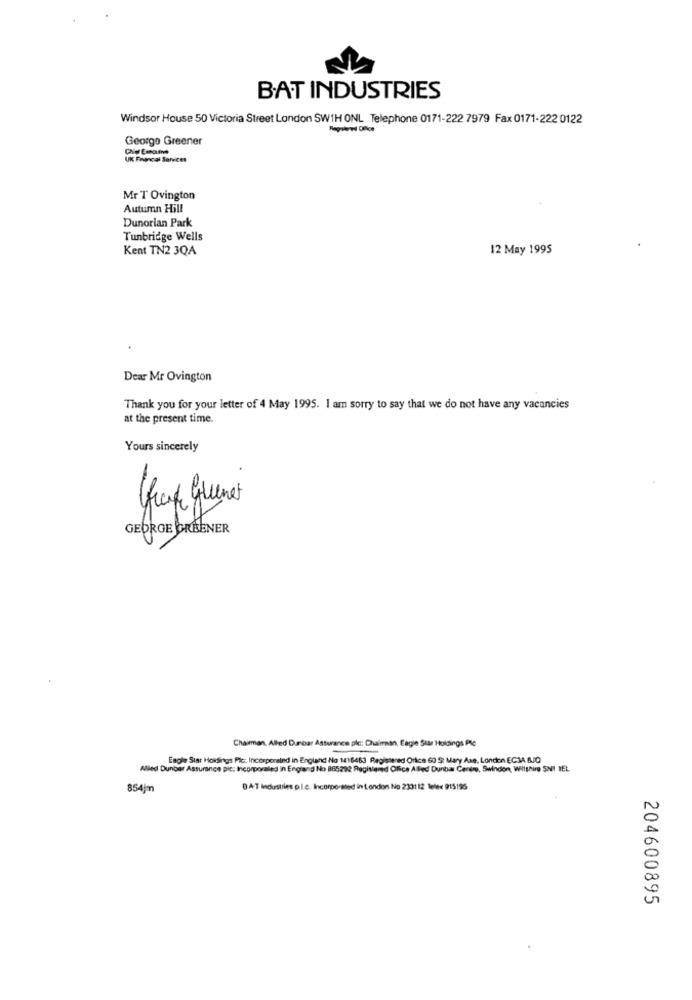
BAT INDUSTRIES
Windsor House 50 Victoria Street London SW1H ONL Telephone 0171-222 7979 Fax 0171-222 0122
Georgo Greener
UK Financial Services
Mr T Ovington
Autumn Hill
Dunorian Park
Tunbridge Wells
Kent TN2 3QA
12 May 1995
Dear Mr Ovington
Thank you for your letter of 4 May 1995. I am sorry to say that we do not have any vacancies
at the present time.
Yours sincerely
GEORGE GREENER
Chairman, Alled Dunbar Assurance ple: Chairman, Eagle Sur Holdings Plc
Eagle Star Holdings Plc: Incorporated in England No 1416463 Registered Office 60 S: Mary Axe, London ECJA BJO
Alled Dunbar Assurance pic, Incorporaled in England No 865292 Registered Office Alled Dunbar Canine, Swindon, Wilshire SNI IEL
854 m
DAT Industries p.L.e. Incorporated in London No 233112 Telee 915195
204600895